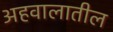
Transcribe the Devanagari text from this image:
अहवालातील